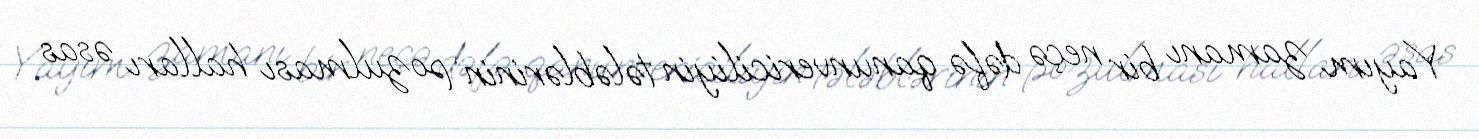
Yayım zamanı bir neçə dəfə qanunvericiliyin tələblərinin pozulması halları əsas